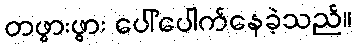
တဖွားဖွား ပေါ်ပေါက်နေခဲ့သည်။